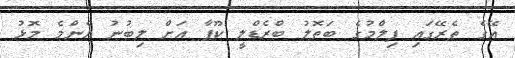
އޭގެ ތެރޭގައި ފިލްމުގެ ބަތޮލު ބްރެޑްލީ ކޫޕާ އަށް ލިބުނު އެންމެ މޮޅު